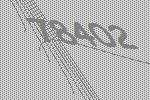
78402